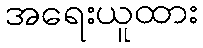
အရေးယူထား